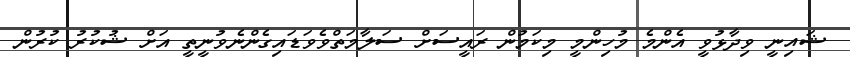
ޝައިނީ ވިދާޅުވީ އެންމެ މުހިންމީ މިކަމުން ރައީސަށް ސަލާމަތްވެވަޑައިގެންނެވުނީތީ އަށް ޝުކުރު ކުރުން